Papaver somniferum - Opium : an extract from the sixth volume of the Dictionary of Economic Products of India
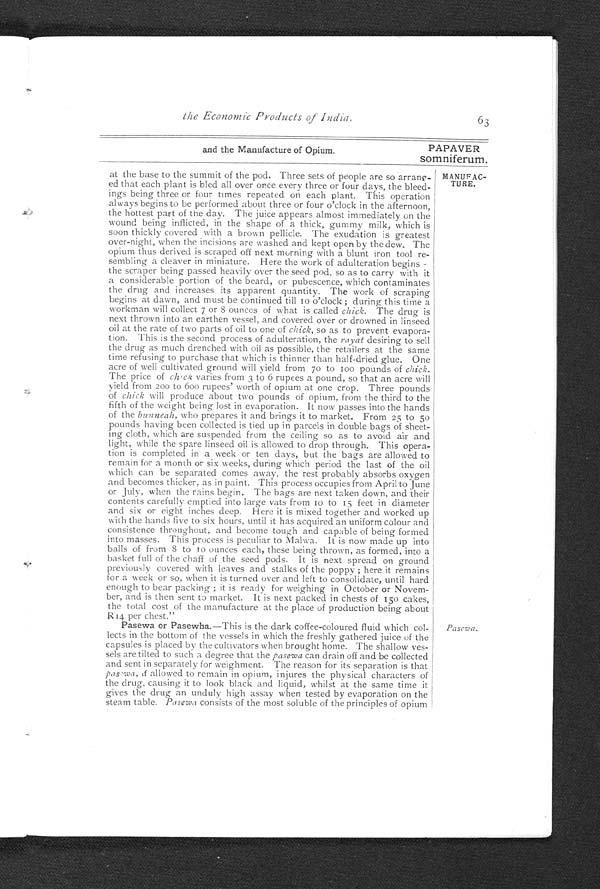
MANUFAC-
TURE.
Extraction.
6 2
PAPAVER
somniferum.
Extracted from the Dctionary of
Extraction of the Crude Drug from Poppy.
"leaves"); (d ) "trash" or a powder prepared from the dried stems and
leaves; (e) capsules; and ( f ) seed. The first mentioned three substances
are those alone with which the Opium Department is concerned. They
will, therefore, be dealt with in some detail in this place.
Extraction of the Drug.—The method of extracting the drug is de
-scribed at page 74 of Mr. Scott's Manual. The capsules are lanced in
the afternoon with an instrument known as the nashtar; this consists of
four sharp blades tied together with cotton, the cotton being passed between
the blades so as to keep them about 1/30th of an inch apart. The incisions
are drawn from below upwards, in perpendicular lines, but much care and
great practice are necessary to ensure their being made of exactly the right
depth. A merely superficial scratch is of no use, but, on the other hand,
the walls of the capsule must not be cut through. Each capsule is usually
lanced in this manner three or four times at intervals of two or three days,
but sometimes a single incision exhausts the drug, while occasionally a
productive capsule will give five, eight, or even ten discharges. The opium
from the early sowings is thinner and more plentiful ; that from the later
sowings is more scanty, but of higher consistence. In the operation of
lancing, a whole field is not taken in hand at once; it is divided into two
or three portions, which are taken up on successive days. The work is
generally performed, not by hired labour but by the rayat himself and his
family. The object of the division of the fields is to make the labour con
-tinuous, by providing employment for each day.
The drug is collected in the early morning of the day
following that on
which the capsule has been lanced. The juice which has exuded from
the
incisions is scraped off with a small trowel-shaped scoop of thin iron
called a setwah (or sutwa). As the scoop is filled, the opium is transferred
to a metal or earthen vessel, and is taken to the rayat's house for further
manipulation. The subsequent treatment of the drug differs somewhat in
the two Agencies. The Benares standard of consistence being 70 per cent.
opium to 30 moisture, the Benares rayat keeps his opium in an earthen pan,
which is slightly tilted to allow the pasewa to drain off. The pasewa is
poured away into a separate vessel, and the opium is turned over by hand
from time to time, at intervals of not more than a week. But as the standard
in Behar is higher than that of Benares, viz., 75, it is the object of the Behar
rayat to raise the consistence of his opium more than this process would en--
able him to do. Accordingly after the pasewa has drained off, he puts the
opium on a cloth tied over an earthen dish. This absorbs a good deal of
the moisture, but a portion of the opium necessarily adheres to the cloth.
This cloth is technically known as kuffa or kaffá, and is purchased by Gov
-ernment at a price proportioned to the quantity of opium it contains. The
term kaffá or kaohá is also given to the special preparation of opium used in
the manufacture of madak (Conf. with Narcotics, V., 328). Pasewa is
purchased by Government at a fixed rate of R3-8 per seer. Fresh
opium as collected contains about 50 per cent. of moisture. The average
yield for each scarification is about 10 grains, but a healthy plant may
yield 75 grains in all, viz., with five to eight scarifications.
The above notes (compiled from official papers and from Mr. Scott's
Manual) may be said to represent the chief facts of the extraction of crude
opium, as practised in Behar and Benares. The following passages from
Dr. Impey's account of Malwa convey the leading peculiarities of the
methods pursued in Native States :—"Early in February and March the
bleeding process commences. Three small lancet-shaped pieces of iron are
bound together with cotton, about one-twelfth of an inch alone protruding,
so that no discretion as to the depth of the wound to be inflicted shall be
left to the operator ; and this is drawn sharply up from the top of the stalk